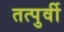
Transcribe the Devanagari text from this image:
तत्पुर्वी